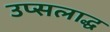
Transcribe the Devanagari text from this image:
उप्सलाद्ध